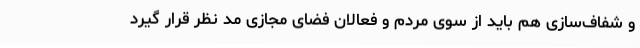
و شفاف‌سازی هم باید از سوی مردم و فعالان فضای مجازی مد نظر قرار گیرد